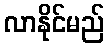
လာနိုင်မည်